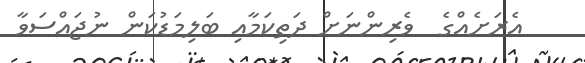
އެރަށެއްގެ  ވެރިންނަށް ދަތިކަމާއި ބަލިމަޑުކަން ނުޖައްސަވާ